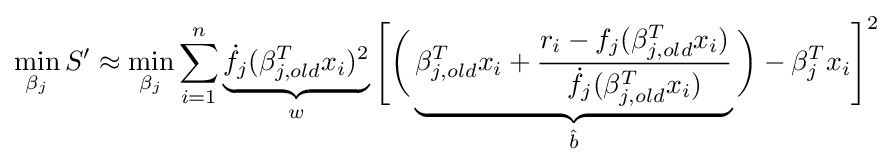
\min _{\beta _{j}}S'\approx \min _{\beta _{j}}\sum _{i=1}^{n}\underbrace {{\dot {f_{j}}}(\beta _{j,old}^{T}x_{i})^{2}} _{w}{\Bigg [}{\bigg (}\underbrace {\beta _{j,old}^{T}x_{i}+{\frac {r_{i}-f_{j}(\beta _{j,old}^{T}x_{i})}{{\dot {f_{j}}}(\beta _{j,old}^{T}x_{i})}}} _{\hat {b}}{\bigg )}-\beta _{j}^{T}x_{i}{\Bigg ]}^{2}